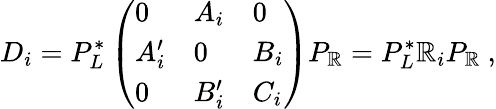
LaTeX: D_{i}=P_{L}^{*}\left(\begin{array}{lll}{{0}}&{{A_{i}}}&{{0}}\\ {{A_{i}^{\prime}}}&{{0}}&{{B_{i}}}\\ {{0}}&{{B_{i}^{\prime}}}&{{C_{i}}}\end{array}\right)P_{\mathbb{R}}=P_{L}^{*}\mathbb{R}_{i}P_{\mathbb{R}}\ ,